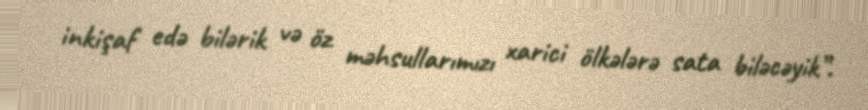
inkişaf edə bilərik və öz məhsullarımızı xarici ölkələrə sata biləcəyik”.